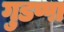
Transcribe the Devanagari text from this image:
गुडप्पा